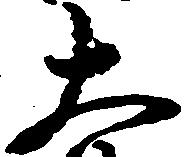
大